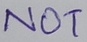
Text: NOT